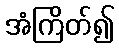
အံကြိတ်၍